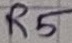
Text: R5